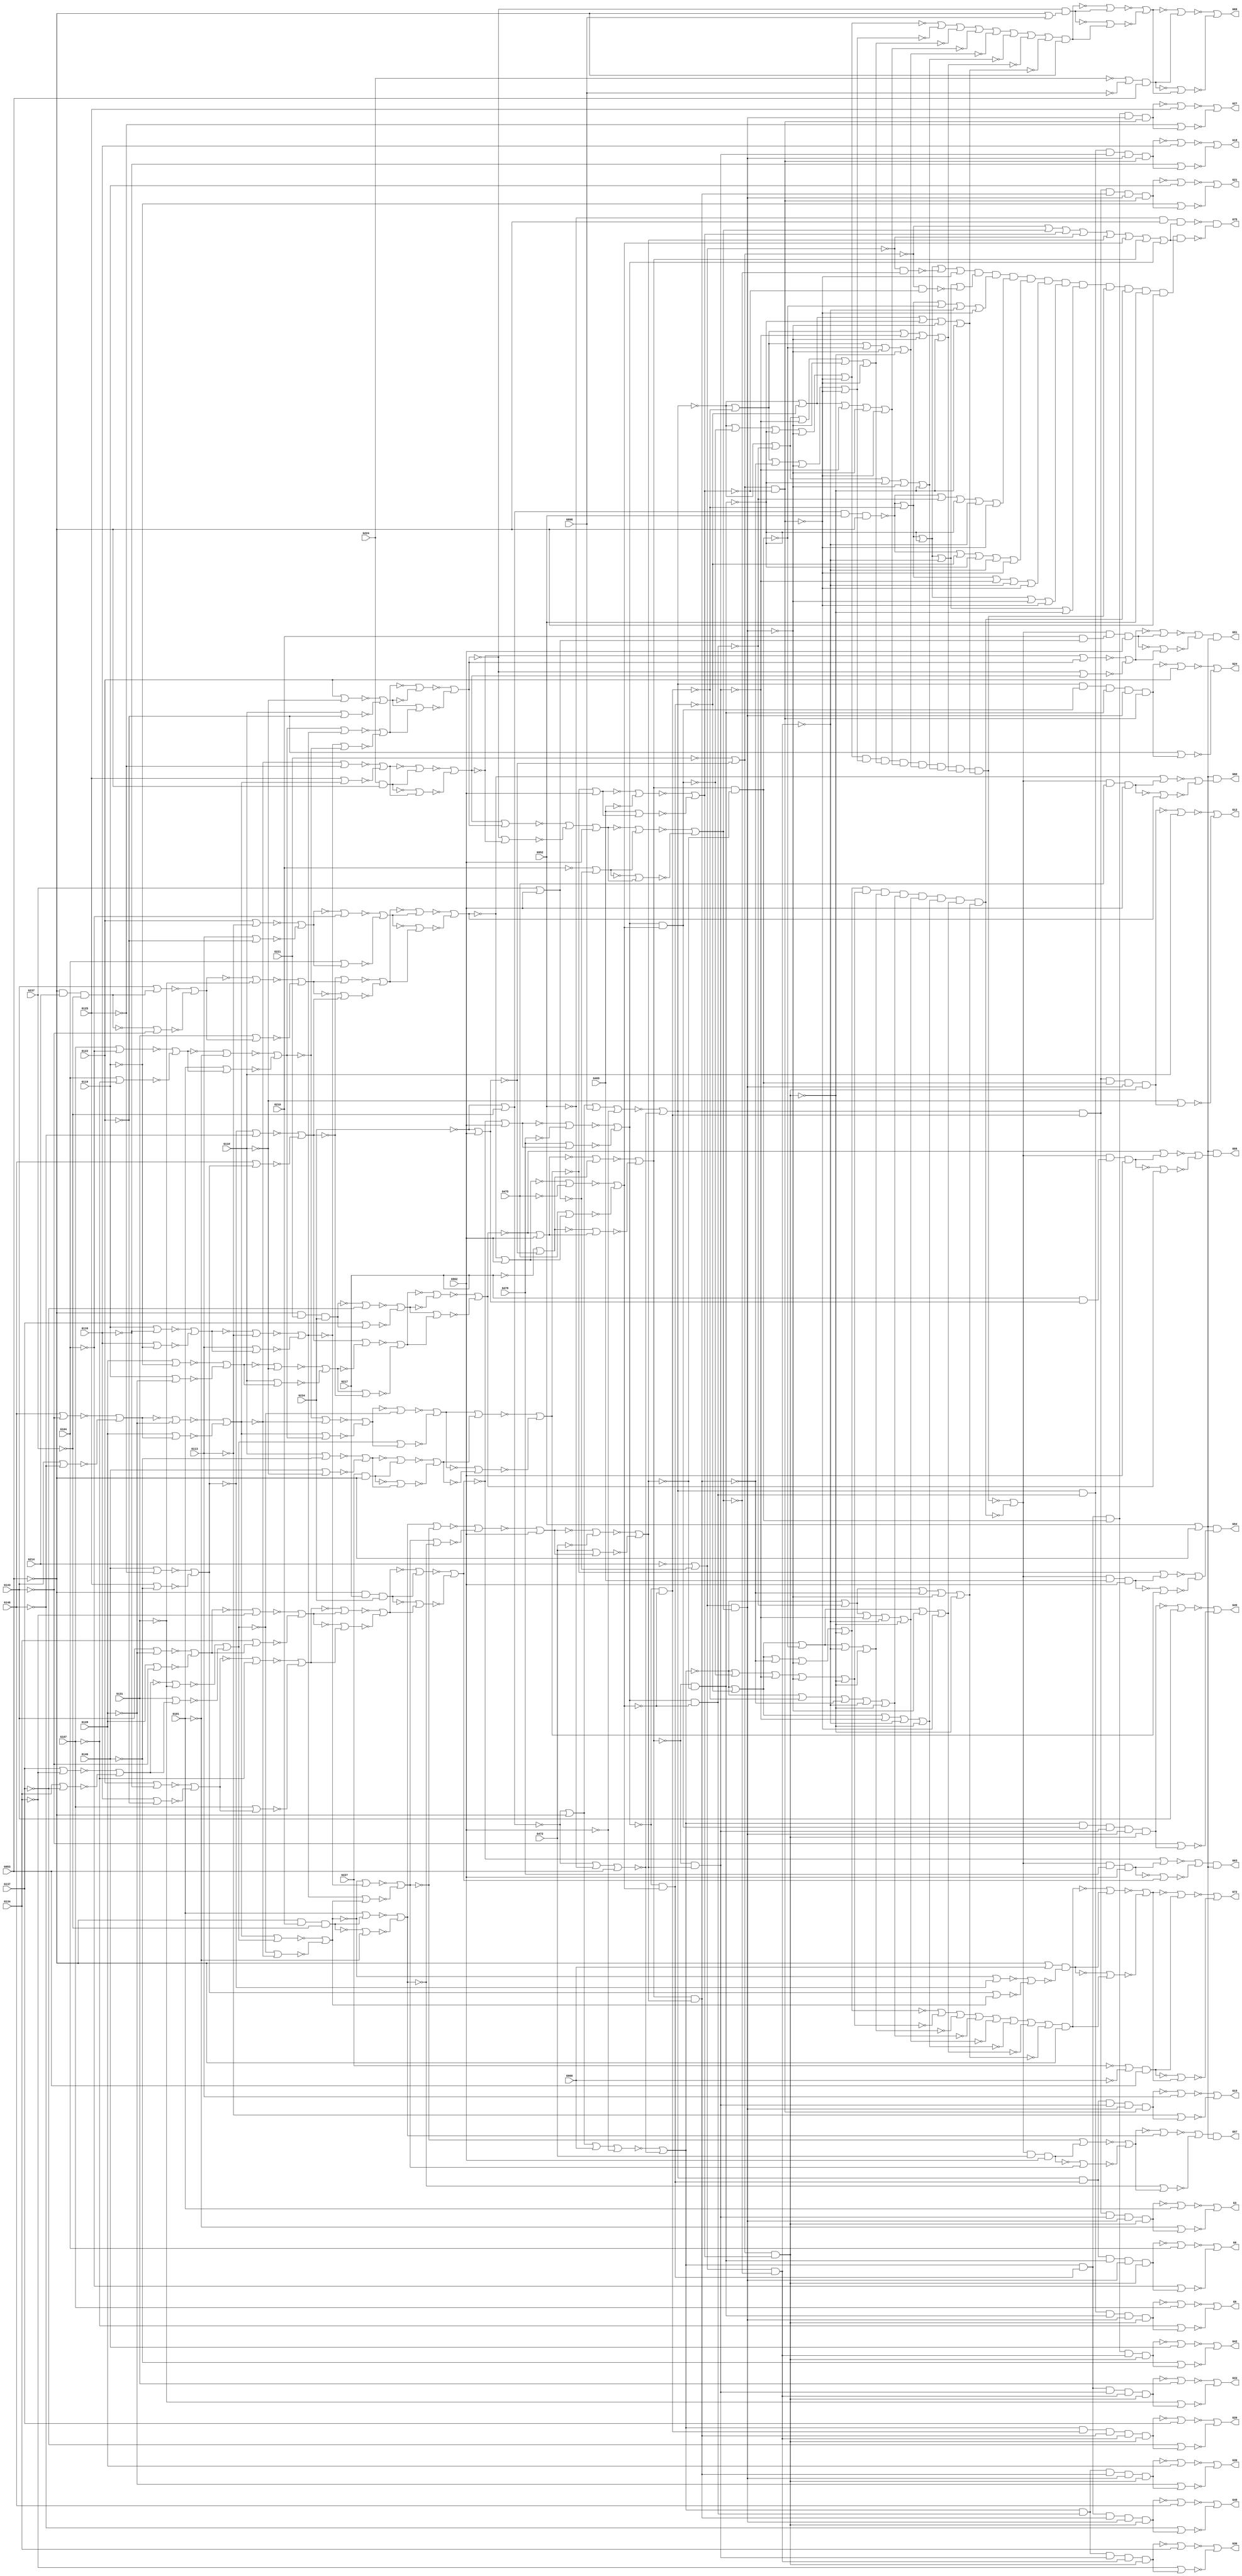
// Benchmark "c1908" written by ABC on Thu Mar  5 01:06:14 2020

module c1908 ( 
    G101, G104, G107, G110, G113, G116, G119, G122, G125, G128, G131, G134,
    G137, G140, G143, G146, G210, G214, G217, G221, G224, G227, G234, G237,
    G469, G472, G475, G478, G898, G900, G902, G952, G953,
    G3, G6, G9, G12, G30, G45, G48, G15, G18, G21, G24, G27, G33, G36, G39,
    G42, G75, G51, G54, G60, G63, G66, G69, G72, G57  );
  input  G101, G104, G107, G110, G113, G116, G119, G122, G125, G128,
    G131, G134, G137, G140, G143, G146, G210, G214, G217, G221, G224, G227,
    G234, G237, G469, G472, G475, G478, G898, G900, G902, G952, G953;
  output G3, G6, G9, G12, G30, G45, G48, G15, G18, G21, G24, G27, G33, G36,
    G39, G42, G75, G51, G54, G60, G63, G66, G69, G72, G57;
  wire G149, G153, G156, G160, G165, G168, G171, G175, G179, G184, G188,
    G191, G194, G198, G202, G206, G231, G233, G241, G244, G245, G248, G517,
    G529, G541, G553, G859, G862, G907, G909, G911, G918, G919, G922, G926,
    G930, G932, G934, G938, G943, G947, G949, G1506, G1514, G1522, G1530,
    G1538, G1546, G1554, G1562, G1570, G1578, G1586, G1594, G1602, G1610,
    G1618, G1626, G1512, G1520, G1528, G1536, G1544, G1552, G1560, G1568,
    G1576, G1584, G1592, G1600, G1608, G1616, G1624, G1632, G50, G52, G56,
    G58, G62, G64, G251, G254, G288, G291, G299, G302, G318, G321, G327,
    G330, G352, G355, G369, G382, G385, G853, G856, G893, G954, G955,
    G1050, G1053, G1176, G1179, G1197, G1207, G1222, G1244, G1278, G1290,
    G1300, G1312, G1332, G1335, G1442, G1450, G1458, G1466, G1474, G1482,
    G1490, G1498, G1634, G1644, G1657, G1665, G1697, G1705, G1713, G1721,
    G1745, G1753, G1785, G1793, G1814, G1817, G1830, G1833, G1841, G1849,
    G1854, G1857, G1870, G1873, G1878, G1881, G1642, G1652, G1056, G1057,
    G1182, G1183, G1211, G1298, G1320, G1338, G1339, G457, G459, G482,
    G487, G492, G505, G1456, G1448, G1472, G1464, G1488, G1480, G1504,
    G1496, G956, G967, G978, G979, G980, G1661, G990, G1669, G1030, G1701,
    G1040, G1709, G1058, G1717, G1068, G1725, G1078, G1090, G1100, G1749,
    G1112, G1757, G1154, G1789, G1166, G1797, G1194, G1201, G1204, G1820,
    G1821, G1230, G1836, G1837, G1252, G1256, G1845, G1268, G1853, G1860,
    G1861, G1286, G1876, G1877, G1308, G1884, G1885, G1654, G1662, G1694,
    G1702, G1710, G1718, G1726, G1734, G1742, G1750, G1782, G1790, G1838,
    G1846, G297, G298, G361, G362, G404, G405, G1225, G1226, G1247, G1248,
    G1281, G1282, G1303, G1304, G1315, G1316, G998, G988, G268, G1038,
    G1048, G1076, G1066, G1098, G1120, G1174, G363, G1210, G373, G1276,
    G406, G565, G566, G614, G615, G958, G969, G1660, G984, G1668, G994,
    G1700, G1034, G1708, G1044, G1716, G1062, G1724, G1072, G1732, G1086,
    G1740, G1748, G1104, G1108, G1756, G1116, G1788, G1158, G1162, G1796,
    G1170, G1200, G1203, G1227, G1249, G1844, G1260, G1264, G1852, G1272,
    G1283, G1305, G1317, G1410, G1418, G1426, G1434, G269, G372, G983,
    G993, G1033, G1043, G1061, G1071, G1103, G1115, G1157, G1169, G1184,
    G1202, G1259, G1271, G1322, G374, G396, G1321, G1424, G1416, G1440,
    G1432, G985, G995, G1035, G1045, G1063, G1073, G1105, G1117, G1159,
    G1171, G1212, G1231, G1232, G1253, G1254, G1261, G1273, G1287, G1288,
    G1309, G1310, G1192, G397, G1330, G1000, G1010, G1233, G1255, G1289,
    G1311, G1381, G257, G999, G260, G989, G272, G1039, G294, G1049, G305,
    G1077, G308, G1067, G333, G1121, G358, G1175, G1220, G388, G1277, G398,
    G1109, G1110, G1163, G1164, G1234, G1265, G1266, G1822, G1862, G1865,
    G258, G261, G273, G1018, G1008, G295, G306, G309, G334, G359, G389,
    G1385, G1111, G1165, G1267, G1886, G259, G262, G274, G296, G307, G310,
    G335, G360, G1242, G390, G1828, G1868, G1869, G1373, G1798, G1825,
    G265, G314, G336, G407, G1293, G1294, G1892, G1777, G1889, G410, G1377,
    G1804, G1237, G1829, G1295, G1670, G1678, G1729, G1737, G1761, G1769,
    G340, G343, G1781, G1238, G1325, G1893, G1340, G1352, G1673, G1681,
    G1801, G1897, G1905, G391, G1299, G1676, G1684, G1081, G1733, G1093,
    G1741, G1765, G1773, G1239, G1326, G1894, G1902, G392, G1360, G1003,
    G1677, G1013, G1685, G1082, G1094, G1122, G1134, G1187, G1805, G1327,
    G1901, G1348, G1909, G1758, G1766, G377, G1243, G393, G1004, G1014,
    G1083, G1095, G1188, G1900, G1344, G1908, G1356, G1142, G378, G399,
    G1331, G1005, G1015, G1764, G1126, G1130, G1772, G1138, G1189, G1343,
    G1355, G324, G1099, G379, G400, G449, G1087, G1088, G1125, G1137,
    G1345, G1357, G1397, G277, G1019, G280, G1009, G325, G364, G1193, G401,
    G1089, G1127, G1139, G278, G281, G326, G365, G413, G1361, G1401, G445,
    G1349, G1350, G1389, G1493, G1501, G1689, G279, G282, G346, G1143,
    G366, G414, G453, G1131, G1132, G1351, G1365, G1405, G285, G347, G367,
    G415, G1393, G556, G1505, G559, G1497, G1693, G1133, G1477, G1485,
    G1809, G348, G1369, G1409, G557, G560, G1362, G1378, G1429, G1437,
    G1686, G1774, G1910, G1918, G544, G1489, G547, G1481, G558, G561,
    G1813, G1370, G1368, G417, G1384, G424, G508, G1441, G511, G1433, G545,
    G548, G564, G1692, G1024, G1780, G1148, G1916, G1924, G416, G1376,
    G421, G423, G509, G512, G546, G549, G719, G722, G1023, G1147, G418,
    G420, G425, G510, G513, G552, G1025, G1149, G419, G422, G441, G516,
    G725, G728, G1029, G1153, G433, G437, G663, G666, G731, G746, G756,
    G770, G1461, G1469, G1413, G1421, G1445, G1453, G532, G1473, G535,
    G1465, G495, G1425, G498, G1417, G520, G1457, G523, G1449, G533, G536,
    G496, G499, G521, G524, G534, G537, G497, G500, G522, G525, G540, G503,
    G528, G669, G672, G569, G588, G618, G639, G867, G588A, G588B, G639A,
    G639B, G675, G688, G696, G710, G73, G572, G573, G621, G622, G776, G780,
    G784, G788, G812, G832, G836, G1509, G1517, G1525, G1533, G1581, G1621,
    G1629, G792, G796, G800, G804, G808, G816, G820, G824, G828, G871,
    G873, G875, G877, G879, G881, G883, G885, G1541, G1549, G1557, G1565,
    G1573, G1589, G1597, G1605, G1613, G1, G1513, G4, G1521, G7, G1529,
    G10, G1537, G28, G1585, G43, G1625, G46, G1633, G886, G2, G5, G8, G11,
    G13, G1545, G16, G1553, G19, G1561, G22, G1569, G25, G1577, G29, G31,
    G1593, G34, G1601, G37, G1609, G40, G1617, G44, G47, G857, G860, G863,
    G865, G14, G17, G20, G23, G26, G32, G35, G38, G41, G1913, G1921, G887,
    G462, G74, G1637, G1917, G1647, G1925, G1020, G1144, G1386, G1394,
    G1402, G1638, G1648, G1806, G1639, G1649, G287, G350, G427, G429, G431,
    G1028, G1152, G1392, G1400, G1408, G1812, G1216, G286, G349, G426,
    G428, G430, G67, G1643, G70, G1653, G1215, G49, G53, G59, G61, G65,
    G68, G71, G1217, G375, G1221, G376, G55;
  assign G149 = ~G101;
  assign G153 = ~G104;
  assign G156 = ~G107;
  assign G160 = ~G110;
  assign G165 = ~G113;
  assign G168 = ~G116;
  assign G171 = ~G119;
  assign G175 = ~G122;
  assign G179 = ~G125;
  assign G184 = ~G128;
  assign G188 = ~G131;
  assign G191 = ~G134;
  assign G194 = ~G137;
  assign G198 = ~G140;
  assign G202 = ~G143;
  assign G206 = ~G146;
  assign G231 = ~G224 | ~G898;
  assign G233 = ~G227 | ~G900;
  assign G241 = ~G237;
  assign G244 = ~G237;
  assign G245 = G234;
  assign G248 = G234;
  assign G517 = ~G469;
  assign G529 = ~G472;
  assign G541 = ~G475;
  assign G553 = ~G478;
  assign G859 = ~G953;
  assign G862 = ~G953;
  assign G907 = ~G898;
  assign G909 = ~G900;
  assign G911 = G902;
  assign G918 = ~G902;
  assign G919 = G902;
  assign G922 = ~G902;
  assign G926 = G952;
  assign G930 = ~G952;
  assign G932 = ~G952;
  assign G934 = G953;
  assign G938 = ~G953;
  assign G943 = G953;
  assign G947 = G953;
  assign G949 = ~G953;
  assign G1506 = G101;
  assign G1514 = G104;
  assign G1522 = G107;
  assign G1530 = G110;
  assign G1538 = G113;
  assign G1546 = G116;
  assign G1554 = G119;
  assign G1562 = G122;
  assign G1570 = G125;
  assign G1578 = G128;
  assign G1586 = G131;
  assign G1594 = G134;
  assign G1602 = G137;
  assign G1610 = G140;
  assign G1618 = G143;
  assign G1626 = G146;
  assign G1512 = ~G1506;
  assign G1520 = ~G1514;
  assign G1528 = ~G1522;
  assign G1536 = ~G1530;
  assign G1544 = ~G1538;
  assign G1552 = ~G1546;
  assign G1560 = ~G1554;
  assign G1568 = ~G1562;
  assign G1576 = ~G1570;
  assign G1584 = ~G1578;
  assign G1592 = ~G1586;
  assign G1600 = ~G1594;
  assign G1608 = ~G1602;
  assign G1616 = ~G1610;
  assign G1624 = ~G1618;
  assign G1632 = ~G1626;
  assign G50 = ~G930 | ~G947;
  assign G52 = ~G930 | ~G947;
  assign G56 = ~G930 | ~G947;
  assign G58 = ~G930 | ~G947;
  assign G62 = ~G930 | ~G947;
  assign G64 = ~G930 | ~G947;
  assign G251 = G149;
  assign G254 = G153;
  assign G288 = G165;
  assign G291 = G168;
  assign G299 = G184;
  assign G302 = G202;
  assign G318 = G224 & G938;
  assign G321 = G179;
  assign G327 = G188;
  assign G330 = G191;
  assign G352 = G227 & G938;
  assign G355 = G198;
  assign G369 = G938 & G210 & G241;
  assign G382 = G206;
  assign G385 = G198;
  assign G853 = ~G943 | ~G907;
  assign G856 = ~G943 | ~G909;
  assign G893 = ~G248 | ~G237;
  assign G954 = ~G248 | ~G922;
  assign G955 = ~G244 | ~G922;
  assign G1050 = G160;
  assign G1053 = G175;
  assign G1176 = G179;
  assign G1179 = G198;
  assign G1197 = G149;
  assign G1207 = G149;
  assign G1222 = G153;
  assign G1244 = G188;
  assign G1278 = G156;
  assign G1290 = G938 & G217 & G245;
  assign G1300 = G191;
  assign G1312 = G160;
  assign G1332 = G194;
  assign G1335 = G938 & G221 & G245;
  assign G1442 = G517;
  assign G1450 = G517;
  assign G1458 = G529;
  assign G1466 = G529;
  assign G1474 = G541;
  assign G1482 = G541;
  assign G1490 = G553;
  assign G1498 = G553;
  assign G1634 = G231 & G934;
  assign G1644 = G233 & G934;
  assign G1657 = G156;
  assign G1665 = G156;
  assign G1697 = G171;
  assign G1705 = G171;
  assign G1713 = G206;
  assign G1721 = G206;
  assign G1745 = G194;
  assign G1753 = G194;
  assign G1785 = G160;
  assign G1793 = G160;
  assign G1814 = G165;
  assign G1817 = G175;
  assign G1830 = G938 & G214 & G241;
  assign G1833 = G202;
  assign G1841 = G179;
  assign G1849 = G179;
  assign G1854 = G168;
  assign G1857 = G175;
  assign G1870 = G184;
  assign G1873 = G202;
  assign G1878 = G171;
  assign G1881 = G184;
  assign G1642 = ~G1634;
  assign G1652 = ~G1644;
  assign G1056 = ~G1050;
  assign G1057 = ~G1053;
  assign G1182 = ~G1176;
  assign G1183 = ~G1179;
  assign G1211 = ~G1207;
  assign G1298 = ~G1290;
  assign G1320 = ~G1312;
  assign G1338 = ~G1332;
  assign G1339 = ~G1335;
  assign G457 = G210 & G955;
  assign G459 = G217 & G954;
  assign G482 = ~G214 | ~G955;
  assign G487 = ~G221 | ~G954;
  assign G492 = ~G210 | ~G955;
  assign G505 = ~G217 | ~G954;
  assign G1456 = ~G1450;
  assign G1448 = ~G1442;
  assign G1472 = ~G1466;
  assign G1464 = ~G1458;
  assign G1488 = ~G1482;
  assign G1480 = ~G1474;
  assign G1504 = ~G1498;
  assign G1496 = ~G1490;
  assign G956 = ~G893 | ~G943 | ~G907 | ~G919;
  assign G967 = ~G893 | ~G943 | ~G909 | ~G919;
  assign G978 = ~G893 | ~G926 | ~G949;
  assign G979 = G893 & G926 & G949;
  assign G980 = G251;
  assign G1661 = ~G1657;
  assign G990 = G251;
  assign G1669 = ~G1665;
  assign G1030 = G288;
  assign G1701 = ~G1697;
  assign G1040 = G288;
  assign G1709 = ~G1705;
  assign G1058 = G299;
  assign G1717 = ~G1713;
  assign G1068 = G299;
  assign G1725 = ~G1721;
  assign G1078 = G318;
  assign G1090 = G318;
  assign G1100 = G327;
  assign G1749 = ~G1745;
  assign G1112 = G327;
  assign G1757 = ~G1753;
  assign G1154 = G352;
  assign G1789 = ~G1785;
  assign G1166 = G352;
  assign G1797 = ~G1793;
  assign G1194 = G369;
  assign G1201 = ~G1197;
  assign G1204 = G369;
  assign G1820 = ~G1814;
  assign G1821 = ~G1817;
  assign G1230 = ~G1222;
  assign G1836 = ~G1830;
  assign G1837 = ~G1833;
  assign G1252 = ~G1244;
  assign G1256 = G382;
  assign G1845 = ~G1841;
  assign G1268 = G382;
  assign G1853 = ~G1849;
  assign G1860 = ~G1854;
  assign G1861 = ~G1857;
  assign G1286 = ~G1278;
  assign G1876 = ~G1870;
  assign G1877 = ~G1873;
  assign G1308 = ~G1300;
  assign G1884 = ~G1878;
  assign G1885 = ~G1881;
  assign G1654 = G254;
  assign G1662 = G254;
  assign G1694 = G291;
  assign G1702 = G291;
  assign G1710 = G302;
  assign G1718 = G302;
  assign G1726 = G321;
  assign G1734 = G321;
  assign G1742 = G330;
  assign G1750 = G330;
  assign G1782 = G355;
  assign G1790 = G355;
  assign G1838 = G385;
  assign G1846 = G385;
  assign G297 = ~G1053 | ~G1056;
  assign G298 = ~G1050 | ~G1057;
  assign G361 = ~G1179 | ~G1182;
  assign G362 = ~G1176 | ~G1183;
  assign G404 = ~G1335 | ~G1338;
  assign G405 = ~G1332 | ~G1339;
  assign G1225 = ~G1817 | ~G1820;
  assign G1226 = ~G1814 | ~G1821;
  assign G1247 = ~G1833 | ~G1836;
  assign G1248 = ~G1830 | ~G1837;
  assign G1281 = ~G1857 | ~G1860;
  assign G1282 = ~G1854 | ~G1861;
  assign G1303 = ~G1873 | ~G1876;
  assign G1304 = ~G1870 | ~G1877;
  assign G1315 = ~G1881 | ~G1884;
  assign G1316 = ~G1878 | ~G1885;
  assign G998 = ~G990;
  assign G988 = ~G980;
  assign G268 = ~G297 | ~G298;
  assign G1038 = ~G1030;
  assign G1048 = ~G1040;
  assign G1076 = ~G1068;
  assign G1066 = ~G1058;
  assign G1098 = ~G1090;
  assign G1120 = ~G1112;
  assign G1174 = ~G1166;
  assign G363 = ~G361 | ~G362;
  assign G1210 = ~G1204;
  assign G373 = ~G1204 | ~G1211;
  assign G1276 = ~G1268;
  assign G406 = ~G404 | ~G405;
  assign G565 = ~G482;
  assign G566 = G482;
  assign G614 = ~G487;
  assign G615 = G487;
  assign G958 = ~G956 | ~G978;
  assign G969 = ~G967 | ~G978;
  assign G1660 = ~G1654;
  assign G984 = ~G1654 | ~G1661;
  assign G1668 = ~G1662;
  assign G994 = ~G1662 | ~G1669;
  assign G1700 = ~G1694;
  assign G1034 = ~G1694 | ~G1701;
  assign G1708 = ~G1702;
  assign G1044 = ~G1702 | ~G1709;
  assign G1716 = ~G1710;
  assign G1062 = ~G1710 | ~G1717;
  assign G1724 = ~G1718;
  assign G1072 = ~G1718 | ~G1725;
  assign G1732 = ~G1726;
  assign G1086 = ~G1078;
  assign G1740 = ~G1734;
  assign G1748 = ~G1742;
  assign G1104 = ~G1742 | ~G1749;
  assign G1108 = ~G1100;
  assign G1756 = ~G1750;
  assign G1116 = ~G1750 | ~G1757;
  assign G1788 = ~G1782;
  assign G1158 = ~G1782 | ~G1789;
  assign G1162 = ~G1154;
  assign G1796 = ~G1790;
  assign G1170 = ~G1790 | ~G1797;
  assign G1200 = ~G1194;
  assign G1203 = ~G1194 | ~G1201;
  assign G1227 = ~G1225 | ~G1226;
  assign G1249 = ~G1247 | ~G1248;
  assign G1844 = ~G1838;
  assign G1260 = ~G1838 | ~G1845;
  assign G1264 = ~G1256;
  assign G1852 = ~G1846;
  assign G1272 = ~G1846 | ~G1853;
  assign G1283 = ~G1281 | ~G1282;
  assign G1305 = ~G1303 | ~G1304;
  assign G1317 = ~G1315 | ~G1316;
  assign G1410 = G492;
  assign G1418 = G492;
  assign G1426 = G505;
  assign G1434 = G505;
  assign G269 = ~G268;
  assign G372 = ~G1207 | ~G1210;
  assign G983 = ~G1657 | ~G1660;
  assign G993 = ~G1665 | ~G1668;
  assign G1033 = ~G1697 | ~G1700;
  assign G1043 = ~G1705 | ~G1708;
  assign G1061 = ~G1713 | ~G1716;
  assign G1071 = ~G1721 | ~G1724;
  assign G1103 = ~G1745 | ~G1748;
  assign G1115 = ~G1753 | ~G1756;
  assign G1157 = ~G1785 | ~G1788;
  assign G1169 = ~G1793 | ~G1796;
  assign G1184 = ~G363;
  assign G1202 = ~G1197 | ~G1200;
  assign G1259 = ~G1841 | ~G1844;
  assign G1271 = ~G1849 | ~G1852;
  assign G1322 = ~G406;
  assign G374 = ~G372 | ~G373;
  assign G396 = ~G1317 | ~G1320;
  assign G1321 = ~G1317;
  assign G1424 = ~G1418;
  assign G1416 = ~G1410;
  assign G1440 = ~G1434;
  assign G1432 = ~G1426;
  assign G985 = ~G983 | ~G984;
  assign G995 = ~G993 | ~G994;
  assign G1035 = ~G1033 | ~G1034;
  assign G1045 = ~G1043 | ~G1044;
  assign G1063 = ~G1061 | ~G1062;
  assign G1073 = ~G1071 | ~G1072;
  assign G1105 = ~G1103 | ~G1104;
  assign G1117 = ~G1115 | ~G1116;
  assign G1159 = ~G1157 | ~G1158;
  assign G1171 = ~G1169 | ~G1170;
  assign G1212 = ~G1202 | ~G1203;
  assign G1231 = ~G1227;
  assign G1232 = ~G1227 | ~G1230;
  assign G1253 = ~G1249;
  assign G1254 = ~G1249 | ~G1252;
  assign G1261 = ~G1259 | ~G1260;
  assign G1273 = ~G1271 | ~G1272;
  assign G1287 = ~G1283;
  assign G1288 = ~G1283 | ~G1286;
  assign G1309 = ~G1305;
  assign G1310 = ~G1305 | ~G1308;
  assign G1192 = ~G1184;
  assign G397 = ~G1312 | ~G1321;
  assign G1330 = ~G1322;
  assign G1000 = G269;
  assign G1010 = G269;
  assign G1233 = ~G1222 | ~G1231;
  assign G1255 = ~G1244 | ~G1253;
  assign G1289 = ~G1278 | ~G1287;
  assign G1311 = ~G1300 | ~G1309;
  assign G1381 = ~G374;
  assign G257 = ~G995 | ~G998;
  assign G999 = ~G995;
  assign G260 = ~G985 | ~G988;
  assign G989 = ~G985;
  assign G272 = ~G1035 | ~G1038;
  assign G1039 = ~G1035;
  assign G294 = ~G1045 | ~G1048;
  assign G1049 = ~G1045;
  assign G305 = ~G1073 | ~G1076;
  assign G1077 = ~G1073;
  assign G308 = ~G1063 | ~G1066;
  assign G1067 = ~G1063;
  assign G333 = ~G1117 | ~G1120;
  assign G1121 = ~G1117;
  assign G358 = ~G1171 | ~G1174;
  assign G1175 = ~G1171;
  assign G1220 = ~G1212;
  assign G388 = ~G1273 | ~G1276;
  assign G1277 = ~G1273;
  assign G398 = ~G396 | ~G397;
  assign G1109 = ~G1105;
  assign G1110 = ~G1105 | ~G1108;
  assign G1163 = ~G1159;
  assign G1164 = ~G1159 | ~G1162;
  assign G1234 = ~G1232 | ~G1233;
  assign G1265 = ~G1261;
  assign G1266 = ~G1261 | ~G1264;
  assign G1822 = ~G1254 | ~G1255;
  assign G1862 = ~G1310 | ~G1311;
  assign G1865 = ~G1288 | ~G1289;
  assign G258 = ~G990 | ~G999;
  assign G261 = ~G980 | ~G989;
  assign G273 = ~G1030 | ~G1039;
  assign G1018 = ~G1010;
  assign G1008 = ~G1000;
  assign G295 = ~G1040 | ~G1049;
  assign G306 = ~G1068 | ~G1077;
  assign G309 = ~G1058 | ~G1067;
  assign G334 = ~G1112 | ~G1121;
  assign G359 = ~G1166 | ~G1175;
  assign G389 = ~G1268 | ~G1277;
  assign G1385 = ~G1381;
  assign G1111 = ~G1100 | ~G1109;
  assign G1165 = ~G1154 | ~G1163;
  assign G1267 = ~G1256 | ~G1265;
  assign G1886 = ~G398;
  assign G259 = ~G257 | ~G258;
  assign G262 = ~G260 | ~G261;
  assign G274 = ~G272 | ~G273;
  assign G296 = ~G294 | ~G295;
  assign G307 = ~G305 | ~G306;
  assign G310 = ~G308 | ~G309;
  assign G335 = ~G333 | ~G334;
  assign G360 = ~G358 | ~G359;
  assign G1242 = ~G1234;
  assign G390 = ~G388 | ~G389;
  assign G1828 = ~G1822;
  assign G1868 = ~G1862;
  assign G1869 = ~G1865;
  assign G1373 = ~G1164 | ~G1165;
  assign G1798 = ~G1110 | ~G1111;
  assign G1825 = ~G1266 | ~G1267;
  assign G265 = ~G259;
  assign G314 = ~G307;
  assign G336 = ~G335;
  assign G407 = ~G296;
  assign G1293 = ~G1865 | ~G1868;
  assign G1294 = ~G1862 | ~G1869;
  assign G1892 = ~G1886;
  assign G1777 = ~G360;
  assign G1889 = ~G390;
  assign G410 = G310;
  assign G1377 = ~G1373;
  assign G1804 = ~G1798;
  assign G1237 = ~G1825 | ~G1828;
  assign G1829 = ~G1825;
  assign G1295 = ~G1293 | ~G1294;
  assign G1670 = G274;
  assign G1678 = G274;
  assign G1729 = G310;
  assign G1737 = G310;
  assign G1761 = G262;
  assign G1769 = G262;
  assign G340 = G336;
  assign G343 = G314;
  assign G1781 = ~G1777;
  assign G1238 = ~G1822 | ~G1829;
  assign G1325 = ~G1889 | ~G1892;
  assign G1893 = ~G1889;
  assign G1340 = G407;
  assign G1352 = G407;
  assign G1673 = G265;
  assign G1681 = G265;
  assign G1801 = G314;
  assign G1897 = G336;
  assign G1905 = G336;
  assign G391 = ~G1295 | ~G1298;
  assign G1299 = ~G1295;
  assign G1676 = ~G1670;
  assign G1684 = ~G1678;
  assign G1081 = ~G1729 | ~G1732;
  assign G1733 = ~G1729;
  assign G1093 = ~G1737 | ~G1740;
  assign G1741 = ~G1737;
  assign G1765 = ~G1761;
  assign G1773 = ~G1769;
  assign G1239 = ~G1237 | ~G1238;
  assign G1326 = ~G1886 | ~G1893;
  assign G1894 = G410;
  assign G1902 = G410;
  assign G392 = ~G1290 | ~G1299;
  assign G1360 = ~G1352;
  assign G1003 = ~G1673 | ~G1676;
  assign G1677 = ~G1673;
  assign G1013 = ~G1681 | ~G1684;
  assign G1685 = ~G1681;
  assign G1082 = ~G1726 | ~G1733;
  assign G1094 = ~G1734 | ~G1741;
  assign G1122 = G340;
  assign G1134 = G340;
  assign G1187 = ~G1801 | ~G1804;
  assign G1805 = ~G1801;
  assign G1327 = ~G1325 | ~G1326;
  assign G1901 = ~G1897;
  assign G1348 = ~G1340;
  assign G1909 = ~G1905;
  assign G1758 = G343;
  assign G1766 = G343;
  assign G377 = ~G1239 | ~G1242;
  assign G1243 = ~G1239;
  assign G393 = ~G391 | ~G392;
  assign G1004 = ~G1670 | ~G1677;
  assign G1014 = ~G1678 | ~G1685;
  assign G1083 = ~G1081 | ~G1082;
  assign G1095 = ~G1093 | ~G1094;
  assign G1188 = ~G1798 | ~G1805;
  assign G1900 = ~G1894;
  assign G1344 = ~G1894 | ~G1901;
  assign G1908 = ~G1902;
  assign G1356 = ~G1902 | ~G1909;
  assign G1142 = ~G1134;
  assign G378 = ~G1234 | ~G1243;
  assign G399 = ~G1327 | ~G1330;
  assign G1331 = ~G1327;
  assign G1005 = ~G1003 | ~G1004;
  assign G1015 = ~G1013 | ~G1014;
  assign G1764 = ~G1758;
  assign G1126 = ~G1758 | ~G1765;
  assign G1130 = ~G1122;
  assign G1772 = ~G1766;
  assign G1138 = ~G1766 | ~G1773;
  assign G1189 = ~G1187 | ~G1188;
  assign G1343 = ~G1897 | ~G1900;
  assign G1355 = ~G1905 | ~G1908;
  assign G324 = ~G1095 | ~G1098;
  assign G1099 = ~G1095;
  assign G379 = ~G377 | ~G378;
  assign G400 = ~G1322 | ~G1331;
  assign G449 = ~G393 | ~G918;
  assign G1087 = ~G1083;
  assign G1088 = ~G1083 | ~G1086;
  assign G1125 = ~G1761 | ~G1764;
  assign G1137 = ~G1769 | ~G1772;
  assign G1345 = ~G1343 | ~G1344;
  assign G1357 = ~G1355 | ~G1356;
  assign G1397 = G393;
  assign G277 = ~G1015 | ~G1018;
  assign G1019 = ~G1015;
  assign G280 = ~G1005 | ~G1008;
  assign G1009 = ~G1005;
  assign G325 = ~G1090 | ~G1099;
  assign G364 = ~G1189 | ~G1192;
  assign G1193 = ~G1189;
  assign G401 = ~G399 | ~G400;
  assign G1089 = ~G1078 | ~G1087;
  assign G1127 = ~G1125 | ~G1126;
  assign G1139 = ~G1137 | ~G1138;
  assign G278 = ~G1010 | ~G1019;
  assign G281 = ~G1000 | ~G1009;
  assign G326 = ~G324 | ~G325;
  assign G365 = ~G1184 | ~G1193;
  assign G413 = ~G1357 | ~G1360;
  assign G1361 = ~G1357;
  assign G1401 = ~G1397;
  assign G445 = ~G379 | ~G918;
  assign G1349 = ~G1345;
  assign G1350 = ~G1345 | ~G1348;
  assign G1389 = G379;
  assign G1493 = G449;
  assign G1501 = G449;
  assign G1689 = ~G1088 | ~G1089;
  assign G279 = ~G277 | ~G278;
  assign G282 = ~G280 | ~G281;
  assign G346 = ~G1139 | ~G1142;
  assign G1143 = ~G1139;
  assign G366 = ~G364 | ~G365;
  assign G414 = ~G1352 | ~G1361;
  assign G453 = ~G401 | ~G918;
  assign G1131 = ~G1127;
  assign G1132 = ~G1127 | ~G1130;
  assign G1351 = ~G1340 | ~G1349;
  assign G1365 = ~G326;
  assign G1405 = G401;
  assign G285 = ~G279;
  assign G347 = ~G1134 | ~G1143;
  assign G367 = ~G366;
  assign G415 = ~G413 | ~G414;
  assign G1393 = ~G1389;
  assign G556 = ~G1501 | ~G1504;
  assign G1505 = ~G1501;
  assign G559 = ~G1493 | ~G1496;
  assign G1497 = ~G1493;
  assign G1693 = ~G1689;
  assign G1133 = ~G1122 | ~G1131;
  assign G1477 = G445;
  assign G1485 = G445;
  assign G1809 = ~G1350 | ~G1351;
  assign G348 = ~G346 | ~G347;
  assign G1369 = ~G1365;
  assign G1409 = ~G1405;
  assign G557 = ~G1498 | ~G1505;
  assign G560 = ~G1490 | ~G1497;
  assign G1362 = G282;
  assign G1378 = ~G415;
  assign G1429 = G453;
  assign G1437 = G453;
  assign G1686 = G282;
  assign G1774 = ~G1132 | ~G1133;
  assign G1910 = G285 & G853;
  assign G1918 = G856 & G367;
  assign G544 = ~G1485 | ~G1488;
  assign G1489 = ~G1485;
  assign G547 = ~G1477 | ~G1480;
  assign G1481 = ~G1477;
  assign G558 = ~G556 | ~G557;
  assign G561 = ~G559 | ~G560;
  assign G1813 = ~G1809;
  assign G1370 = ~G348;
  assign G1368 = ~G1362;
  assign G417 = ~G1362 | ~G1369;
  assign G1384 = ~G1378;
  assign G424 = ~G1378 | ~G1385;
  assign G508 = ~G1437 | ~G1440;
  assign G1441 = ~G1437;
  assign G511 = ~G1429 | ~G1432;
  assign G1433 = ~G1429;
  assign G545 = ~G1482 | ~G1489;
  assign G548 = ~G1474 | ~G1481;
  assign G564 = ~G558;
  assign G1692 = ~G1686;
  assign G1024 = ~G1686 | ~G1693;
  assign G1780 = ~G1774;
  assign G1148 = ~G1774 | ~G1781;
  assign G1916 = ~G1910;
  assign G1924 = ~G1918;
  assign G416 = ~G1365 | ~G1368;
  assign G1376 = ~G1370;
  assign G421 = ~G1370 | ~G1377;
  assign G423 = ~G1381 | ~G1384;
  assign G509 = ~G1434 | ~G1441;
  assign G512 = ~G1426 | ~G1433;
  assign G546 = ~G544 | ~G545;
  assign G549 = ~G547 | ~G548;
  assign G719 = ~G561;
  assign G722 = G561;
  assign G1023 = ~G1689 | ~G1692;
  assign G1147 = ~G1777 | ~G1780;
  assign G418 = ~G416 | ~G417;
  assign G420 = ~G1373 | ~G1376;
  assign G425 = ~G423 | ~G424;
  assign G510 = ~G508 | ~G509;
  assign G513 = ~G511 | ~G512;
  assign G552 = ~G546;
  assign G1025 = ~G1023 | ~G1024;
  assign G1149 = ~G1147 | ~G1148;
  assign G419 = ~G418;
  assign G422 = ~G420 | ~G421;
  assign G441 = ~G425 | ~G918;
  assign G516 = ~G510;
  assign G725 = ~G549;
  assign G728 = G549;
  assign G1029 = ~G1025;
  assign G1153 = ~G1149;
  assign G433 = ~G419 | ~G918;
  assign G437 = ~G422 | ~G918;
  assign G663 = ~G513;
  assign G666 = G513;
  assign G731 = G719 & G725;
  assign G746 = G722 & G725;
  assign G756 = G719 & G728;
  assign G770 = G722 & G728;
  assign G1461 = G441;
  assign G1469 = G441;
  assign G1413 = G433;
  assign G1421 = G433;
  assign G1445 = G437;
  assign G1453 = G437;
  assign G532 = ~G1469 | ~G1472;
  assign G1473 = ~G1469;
  assign G535 = ~G1461 | ~G1464;
  assign G1465 = ~G1461;
  assign G495 = ~G1421 | ~G1424;
  assign G1425 = ~G1421;
  assign G498 = ~G1413 | ~G1416;
  assign G1417 = ~G1413;
  assign G520 = ~G1453 | ~G1456;
  assign G1457 = ~G1453;
  assign G523 = ~G1445 | ~G1448;
  assign G1449 = ~G1445;
  assign G533 = ~G1466 | ~G1473;
  assign G536 = ~G1458 | ~G1465;
  assign G496 = ~G1418 | ~G1425;
  assign G499 = ~G1410 | ~G1417;
  assign G521 = ~G1450 | ~G1457;
  assign G524 = ~G1442 | ~G1449;
  assign G534 = ~G532 | ~G533;
  assign G537 = ~G535 | ~G536;
  assign G497 = ~G495 | ~G496;
  assign G500 = ~G498 | ~G499;
  assign G522 = ~G520 | ~G521;
  assign G525 = ~G523 | ~G524;
  assign G540 = ~G534;
  assign G503 = ~G497;
  assign G528 = ~G522;
  assign G669 = ~G537;
  assign G672 = G537;
  assign G569 = ~G500;
  assign G588 = G566 & G500;
  assign G618 = ~G525;
  assign G639 = G615 & G525;
  assign G867 = ~G487 | ~G503 | ~G528 | ~G482 | ~G540 | ~G552 | ~G516 | ~G564;
  assign G588A = G588;
  assign G588B = G588;
  assign G639A = G639;
  assign G639B = G639;
  assign G675 = G663 & G669;
  assign G688 = G666 & G669;
  assign G696 = G663 & G672;
  assign G710 = G666 & G672;
  assign G73 = G932 & G932 & G949 & G867;
  assign G572 = G565 & G569;
  assign G573 = G566 & G569;
  assign G621 = G614 & G618;
  assign G622 = G615 & G618;
  assign G776 = ~G958 | ~G731 | ~G696 | ~G588A | ~G639A;
  assign G780 = ~G958 | ~G756 | ~G675 | ~G588A | ~G639A;
  assign G784 = ~G958 | ~G746 | ~G675 | ~G588A | ~G639A;
  assign G788 = ~G958 | ~G731 | ~G688 | ~G588A | ~G639A;
  assign G812 = ~G969 | ~G746 | ~G710 | ~G588B | ~G639A;
  assign G832 = ~G969 | ~G770 | ~G696 | ~G588B | ~G639B;
  assign G836 = ~G969 | ~G756 | ~G710 | ~G588B | ~G639B;
  assign G1509 = G958 & G731 & G696 & G588A & G639A;
  assign G1517 = G958 & G756 & G675 & G588A & G639A;
  assign G1525 = G958 & G746 & G675 & G588A & G639A;
  assign G1533 = G958 & G731 & G688 & G588A & G639A;
  assign G1581 = G969 & G746 & G710 & G588B & G639A;
  assign G1621 = G969 & G770 & G696 & G588B & G639B;
  assign G1629 = G969 & G756 & G710 & G588B & G639B;
  assign G792 = ~G958 | ~G756 | ~G696 | ~G588A | ~G622;
  assign G796 = ~G958 | ~G746 | ~G696 | ~G588B | ~G622;
  assign G800 = ~G958 | ~G731 | ~G710 | ~G588B | ~G622;
  assign G804 = ~G958 | ~G770 | ~G675 | ~G588B | ~G622;
  assign G808 = ~G969 | ~G756 | ~G688 | ~G588B | ~G622;
  assign G816 = ~G969 | ~G756 | ~G696 | ~G573 | ~G639B;
  assign G820 = ~G969 | ~G746 | ~G696 | ~G573 | ~G639B;
  assign G824 = ~G969 | ~G731 | ~G710 | ~G573 | ~G639B;
  assign G828 = ~G969 | ~G756 | ~G688 | ~G573 | ~G639B;
  assign G871 = ~G979 | ~G731 | ~G675 | ~G588B | ~G622;
  assign G873 = ~G979 | ~G731 | ~G675 | ~G573 | ~G639B;
  assign G875 = ~G979 | ~G731 | ~G696 | ~G573 | ~G622;
  assign G877 = ~G979 | ~G756 | ~G675 | ~G573 | ~G622;
  assign G879 = ~G979 | ~G746 | ~G675 | ~G573 | ~G622;
  assign G881 = ~G979 | ~G731 | ~G688 | ~G573 | ~G622;
  assign G883 = ~G979 | ~G731 | ~G675 | ~G573 | ~G621;
  assign G885 = ~G979 | ~G731 | ~G675 | ~G572 | ~G622;
  assign G1541 = G958 & G756 & G696 & G588A & G622;
  assign G1549 = G958 & G746 & G696 & G588B & G622;
  assign G1557 = G958 & G731 & G710 & G588B & G622;
  assign G1565 = G958 & G770 & G675 & G588B & G622;
  assign G1573 = G969 & G756 & G688 & G588B & G622;
  assign G1589 = G969 & G756 & G696 & G573 & G639B;
  assign G1597 = G969 & G746 & G696 & G573 & G639B;
  assign G1605 = G969 & G731 & G710 & G573 & G639B;
  assign G1613 = G969 & G756 & G688 & G573 & G639B;
  assign G1 = ~G1509 | ~G1512;
  assign G1513 = ~G1509;
  assign G4 = ~G1517 | ~G1520;
  assign G1521 = ~G1517;
  assign G7 = ~G1525 | ~G1528;
  assign G1529 = ~G1525;
  assign G10 = ~G1533 | ~G1536;
  assign G1537 = ~G1533;
  assign G28 = ~G1581 | ~G1584;
  assign G1585 = ~G1581;
  assign G43 = ~G1621 | ~G1624;
  assign G1625 = ~G1621;
  assign G46 = ~G1629 | ~G1632;
  assign G1633 = ~G1629;
  assign G886 = G885 & G883 & G881 & G879 & G877 & G875 & G871 & G873;
  assign G2 = ~G1506 | ~G1513;
  assign G5 = ~G1514 | ~G1521;
  assign G8 = ~G1522 | ~G1529;
  assign G11 = ~G1530 | ~G1537;
  assign G13 = ~G1541 | ~G1544;
  assign G1545 = ~G1541;
  assign G16 = ~G1549 | ~G1552;
  assign G1553 = ~G1549;
  assign G19 = ~G1557 | ~G1560;
  assign G1561 = ~G1557;
  assign G22 = ~G1565 | ~G1568;
  assign G1569 = ~G1565;
  assign G25 = ~G1573 | ~G1576;
  assign G1577 = ~G1573;
  assign G29 = ~G1578 | ~G1585;
  assign G31 = ~G1589 | ~G1592;
  assign G1593 = ~G1589;
  assign G34 = ~G1597 | ~G1600;
  assign G1601 = ~G1597;
  assign G37 = ~G1605 | ~G1608;
  assign G1609 = ~G1605;
  assign G40 = ~G1613 | ~G1616;
  assign G1617 = ~G1613;
  assign G44 = ~G1618 | ~G1625;
  assign G47 = ~G1626 | ~G1633;
  assign G857 = ~G804 | ~G800 | ~G796 | ~G792 | ~G788 | ~G784 | ~G776 | ~G780;
  assign G860 = ~G836 | ~G832 | ~G828 | ~G824 | ~G820 | ~G816 | ~G808 | ~G812;
  assign G863 = G804 & G800 & G796 & G792 & G788 & G784 & G776 & G780;
  assign G865 = G836 & G832 & G828 & G824 & G820 & G816 & G808 & G812;
  assign G3 = ~G1 | ~G2;
  assign G6 = ~G4 | ~G5;
  assign G9 = ~G7 | ~G8;
  assign G12 = ~G10 | ~G11;
  assign G14 = ~G1538 | ~G1545;
  assign G17 = ~G1546 | ~G1553;
  assign G20 = ~G1554 | ~G1561;
  assign G23 = ~G1562 | ~G1569;
  assign G26 = ~G1570 | ~G1577;
  assign G30 = ~G28 | ~G29;
  assign G32 = ~G1586 | ~G1593;
  assign G35 = ~G1594 | ~G1601;
  assign G38 = ~G1602 | ~G1609;
  assign G41 = ~G1610 | ~G1617;
  assign G45 = ~G43 | ~G44;
  assign G48 = ~G46 | ~G47;
  assign G1913 = G857 & G859;
  assign G1921 = G860 & G862;
  assign G15 = ~G13 | ~G14;
  assign G18 = ~G16 | ~G17;
  assign G21 = ~G19 | ~G20;
  assign G24 = ~G22 | ~G23;
  assign G27 = ~G25 | ~G26;
  assign G33 = ~G31 | ~G32;
  assign G36 = ~G34 | ~G35;
  assign G39 = ~G37 | ~G38;
  assign G42 = ~G40 | ~G41;
  assign G887 = G886 & G863 & G865;
  assign G462 = ~G863 | ~G865;
  assign G74 = G887 & G952 & G949 & G867;
  assign G1637 = ~G1913 | ~G1916;
  assign G1917 = ~G1913;
  assign G1647 = ~G1921 | ~G1924;
  assign G1925 = ~G1921;
  assign G75 = ~G73 & ~G74;
  assign G1020 = G462 & G457 & G911;
  assign G1144 = G462 & G469 & G911;
  assign G1386 = G462 & G475 & G911;
  assign G1394 = G462 & G478 & G911;
  assign G1402 = G462 & G459 & G911;
  assign G1638 = ~G1910 | ~G1917;
  assign G1648 = ~G1918 | ~G1925;
  assign G1806 = G462 & G472 & G911;
  assign G1639 = ~G1637 | ~G1638;
  assign G1649 = ~G1647 | ~G1648;
  assign G287 = ~G1020 | ~G1029;
  assign G350 = ~G1144 | ~G1153;
  assign G427 = ~G1386 | ~G1393;
  assign G429 = ~G1394 | ~G1401;
  assign G431 = ~G1402 | ~G1409;
  assign G1028 = ~G1020;
  assign G1152 = ~G1144;
  assign G1392 = ~G1386;
  assign G1400 = ~G1394;
  assign G1408 = ~G1402;
  assign G1812 = ~G1806;
  assign G1216 = ~G1806 | ~G1813;
  assign G286 = ~G1025 | ~G1028;
  assign G349 = ~G1149 | ~G1152;
  assign G426 = ~G1389 | ~G1392;
  assign G428 = ~G1397 | ~G1400;
  assign G430 = ~G1405 | ~G1408;
  assign G67 = ~G1639 | ~G1642;
  assign G1643 = ~G1639;
  assign G70 = ~G1649 | ~G1652;
  assign G1653 = ~G1649;
  assign G1215 = ~G1809 | ~G1812;
  assign G49 = ~G286 | ~G287;
  assign G53 = ~G349 | ~G350;
  assign G59 = ~G426 | ~G427;
  assign G61 = ~G428 | ~G429;
  assign G65 = ~G430 | ~G431;
  assign G68 = ~G1634 | ~G1643;
  assign G71 = ~G1644 | ~G1653;
  assign G1217 = ~G1215 | ~G1216;
  assign G51 = G49 & G50;
  assign G54 = G52 & G53;
  assign G60 = G58 & G59;
  assign G63 = G61 & G62;
  assign G66 = G64 & G65;
  assign G69 = ~G67 | ~G68;
  assign G72 = ~G70 | ~G71;
  assign G375 = ~G1217 | ~G1220;
  assign G1221 = ~G1217;
  assign G376 = ~G1212 | ~G1221;
  assign G55 = ~G375 | ~G376;
  assign G57 = G55 & G56;
endmodule